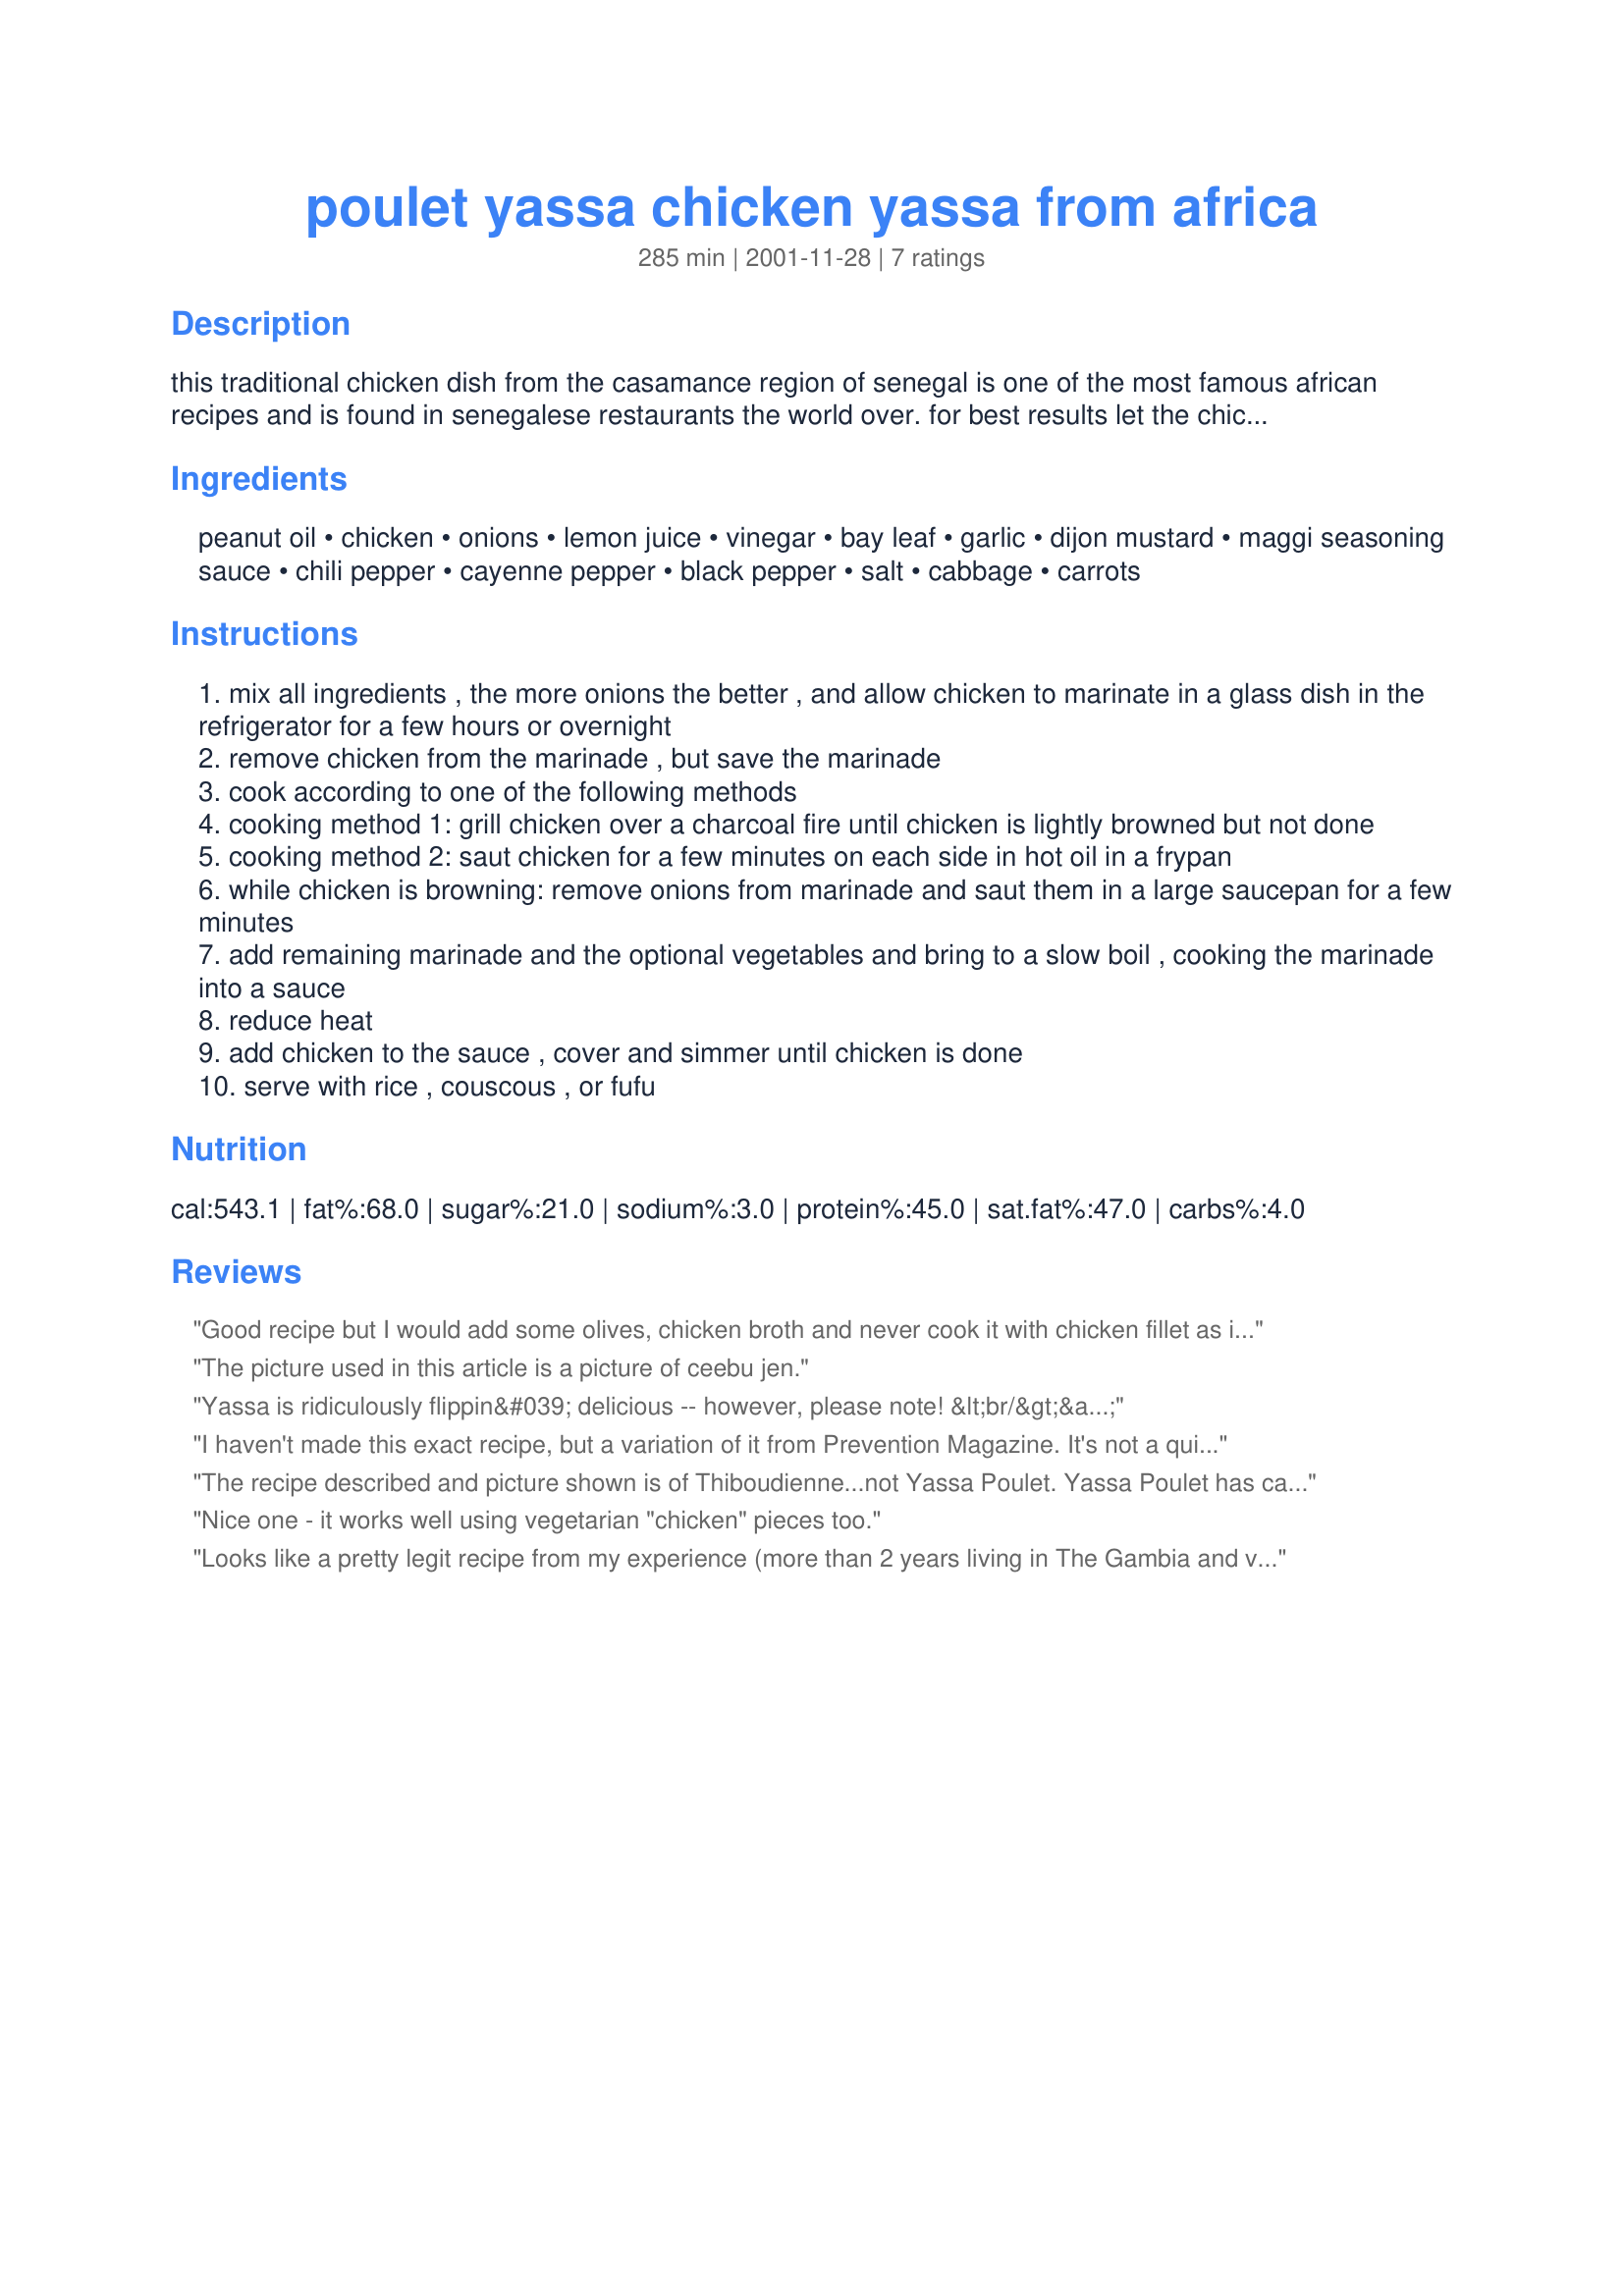
poulet yassa chicken yassa from africa
Preparation time: 285 minutes

this traditional chicken dish from the casamance region of senegal is one of
the most famous african recipes and is found in senegalese restaurants the
world over. for best results let the chicken marinate overnight; in africa,
this is essential to tenderize the sometimes tougher african fowl. it is
also very good when made with fish. for the simplest yassa, make the
marinade from just oil, lemon juice, onions, and a little mustard.

Ingredients:
peanut oil, chicken, onions, lemon juice, vinegar, bay leaf, garlic, dijon mustard, maggi seasoning sauce, chili pepper, cayenne pepper, black pepper, salt, cabbage, carrots

Steps:
mix all ingredients , the more onions the better , and allow chicken to marinate in a glass dish in the refrigerator for a few hours or overnight
remove chicken from the marinade , but save the marinade
cook according to one of the following methods
cooking method 1: grill chicken over a charcoal fire until chicken is lightly browned but not done
cooking method 2: saut chicken for a few minutes on each side in hot oil in a frypan
while chicken is browning: remove onions from marinade and saut them in a large saucepan for a few minutes
add remaining marinade and the optional vegetables and bring to a slow boil , cooking the marinade into a sauce
reduce heat
add chicken to the sauce , cover and simmer until chicken is done
serve with rice , couscous , or fufu

Reviews:
Good recipe but I would add some olives, chicken broth and never cook it with chicken fillet as it easily gets dry :)
The picture used in this article is a picture of ceebu jen.
Yassa is ridiculously flippin&#039; delicious -- however, please note! &lt;br/&gt;&lt;br/&gt;***The photo for this recipe IS NOT YASSA.*** &lt;br/&gt;&lt;br/&gt;It&#039;s a different West African dish called zaame, which is also delicious, but not the sweet, tangy, saucy glory that is yassa. You should definitely make this recipe.
I haven't made this exact recipe, but a variation of it from Prevention Magazine. It's not a quick dish, but it is so incredibly delicious and totally worth the time and effort if you like tangy flavors. A few handfuls of chopped italian parsley will add a lot to the dish. I stretch the liquid by adding a can of chicken broth and extra lemon juice and spices...it makes more delicious juice to soak into some brown rice. Sometimes I use limes instead. Don't worry about overdoing it with the onions, as they cook down considerably and end up nice and mild. This is one of my top favorite recipes.
The recipe described and picture shown is of Thiboudienne...not Yassa Poulet. Yassa Poulet has caramelized onions and simmered chicken more like a brown chicken stew and is generally served with white rice. None of those vegetables.
Nice one - it works well using vegetarian "chicken" pieces too.
Looks like a pretty legit recipe from my experience (more than 2 years living in The Gambia and visiting Senegal regularly). However, I will agree with Cocktailhour that the photo is not Yassa! Further, it is not called Zaame (at least by any of the major ethnic groups of Senegambia) but rather Bennechin, which means &quot;one pot meal&quot; in Wolof. This word has largely carried over to the other languages (it&#039;s Bennakinno in Mandinka, possibly a fusion between kinno, or cooked rice in Mandinka, and the Wolof Bennachin). Anyway, try this recipe but don&#039;t expect the results to look like the photo!
